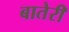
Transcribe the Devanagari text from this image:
बातेरी